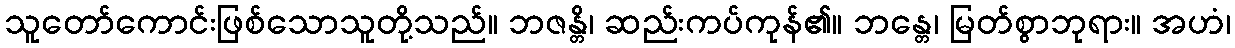
သူတော်ကောင်းဖြစ်သောသူတို့သည်။ ဘဇန္တိ၊ ဆည်းကပ်ကုန်၏။ ဘန္တေ၊ မြတ်စွာဘုရား။ အဟံ၊